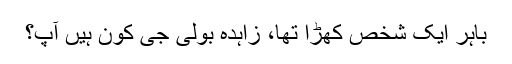
باہر ایک شخص کھڑا تھا، زاہدہ بولی جی کون ہیں آپ؟